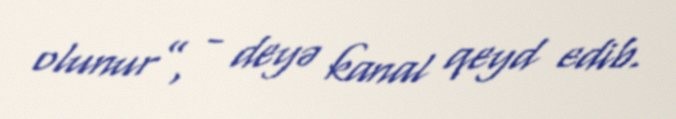
olunur”, - deyə kanal qeyd edib.